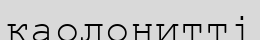
каолонитті